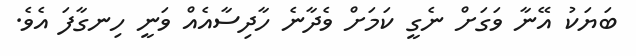
ބަޔަކު އޭނާ ވަގަށް ނެގީ ކަމަށް ވެދާނެ ހާދިސާއެއް ވަނީ ހިނގާފަ އެވެ.